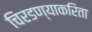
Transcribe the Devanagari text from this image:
चिरडण्याकरिता